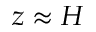
z \approx H